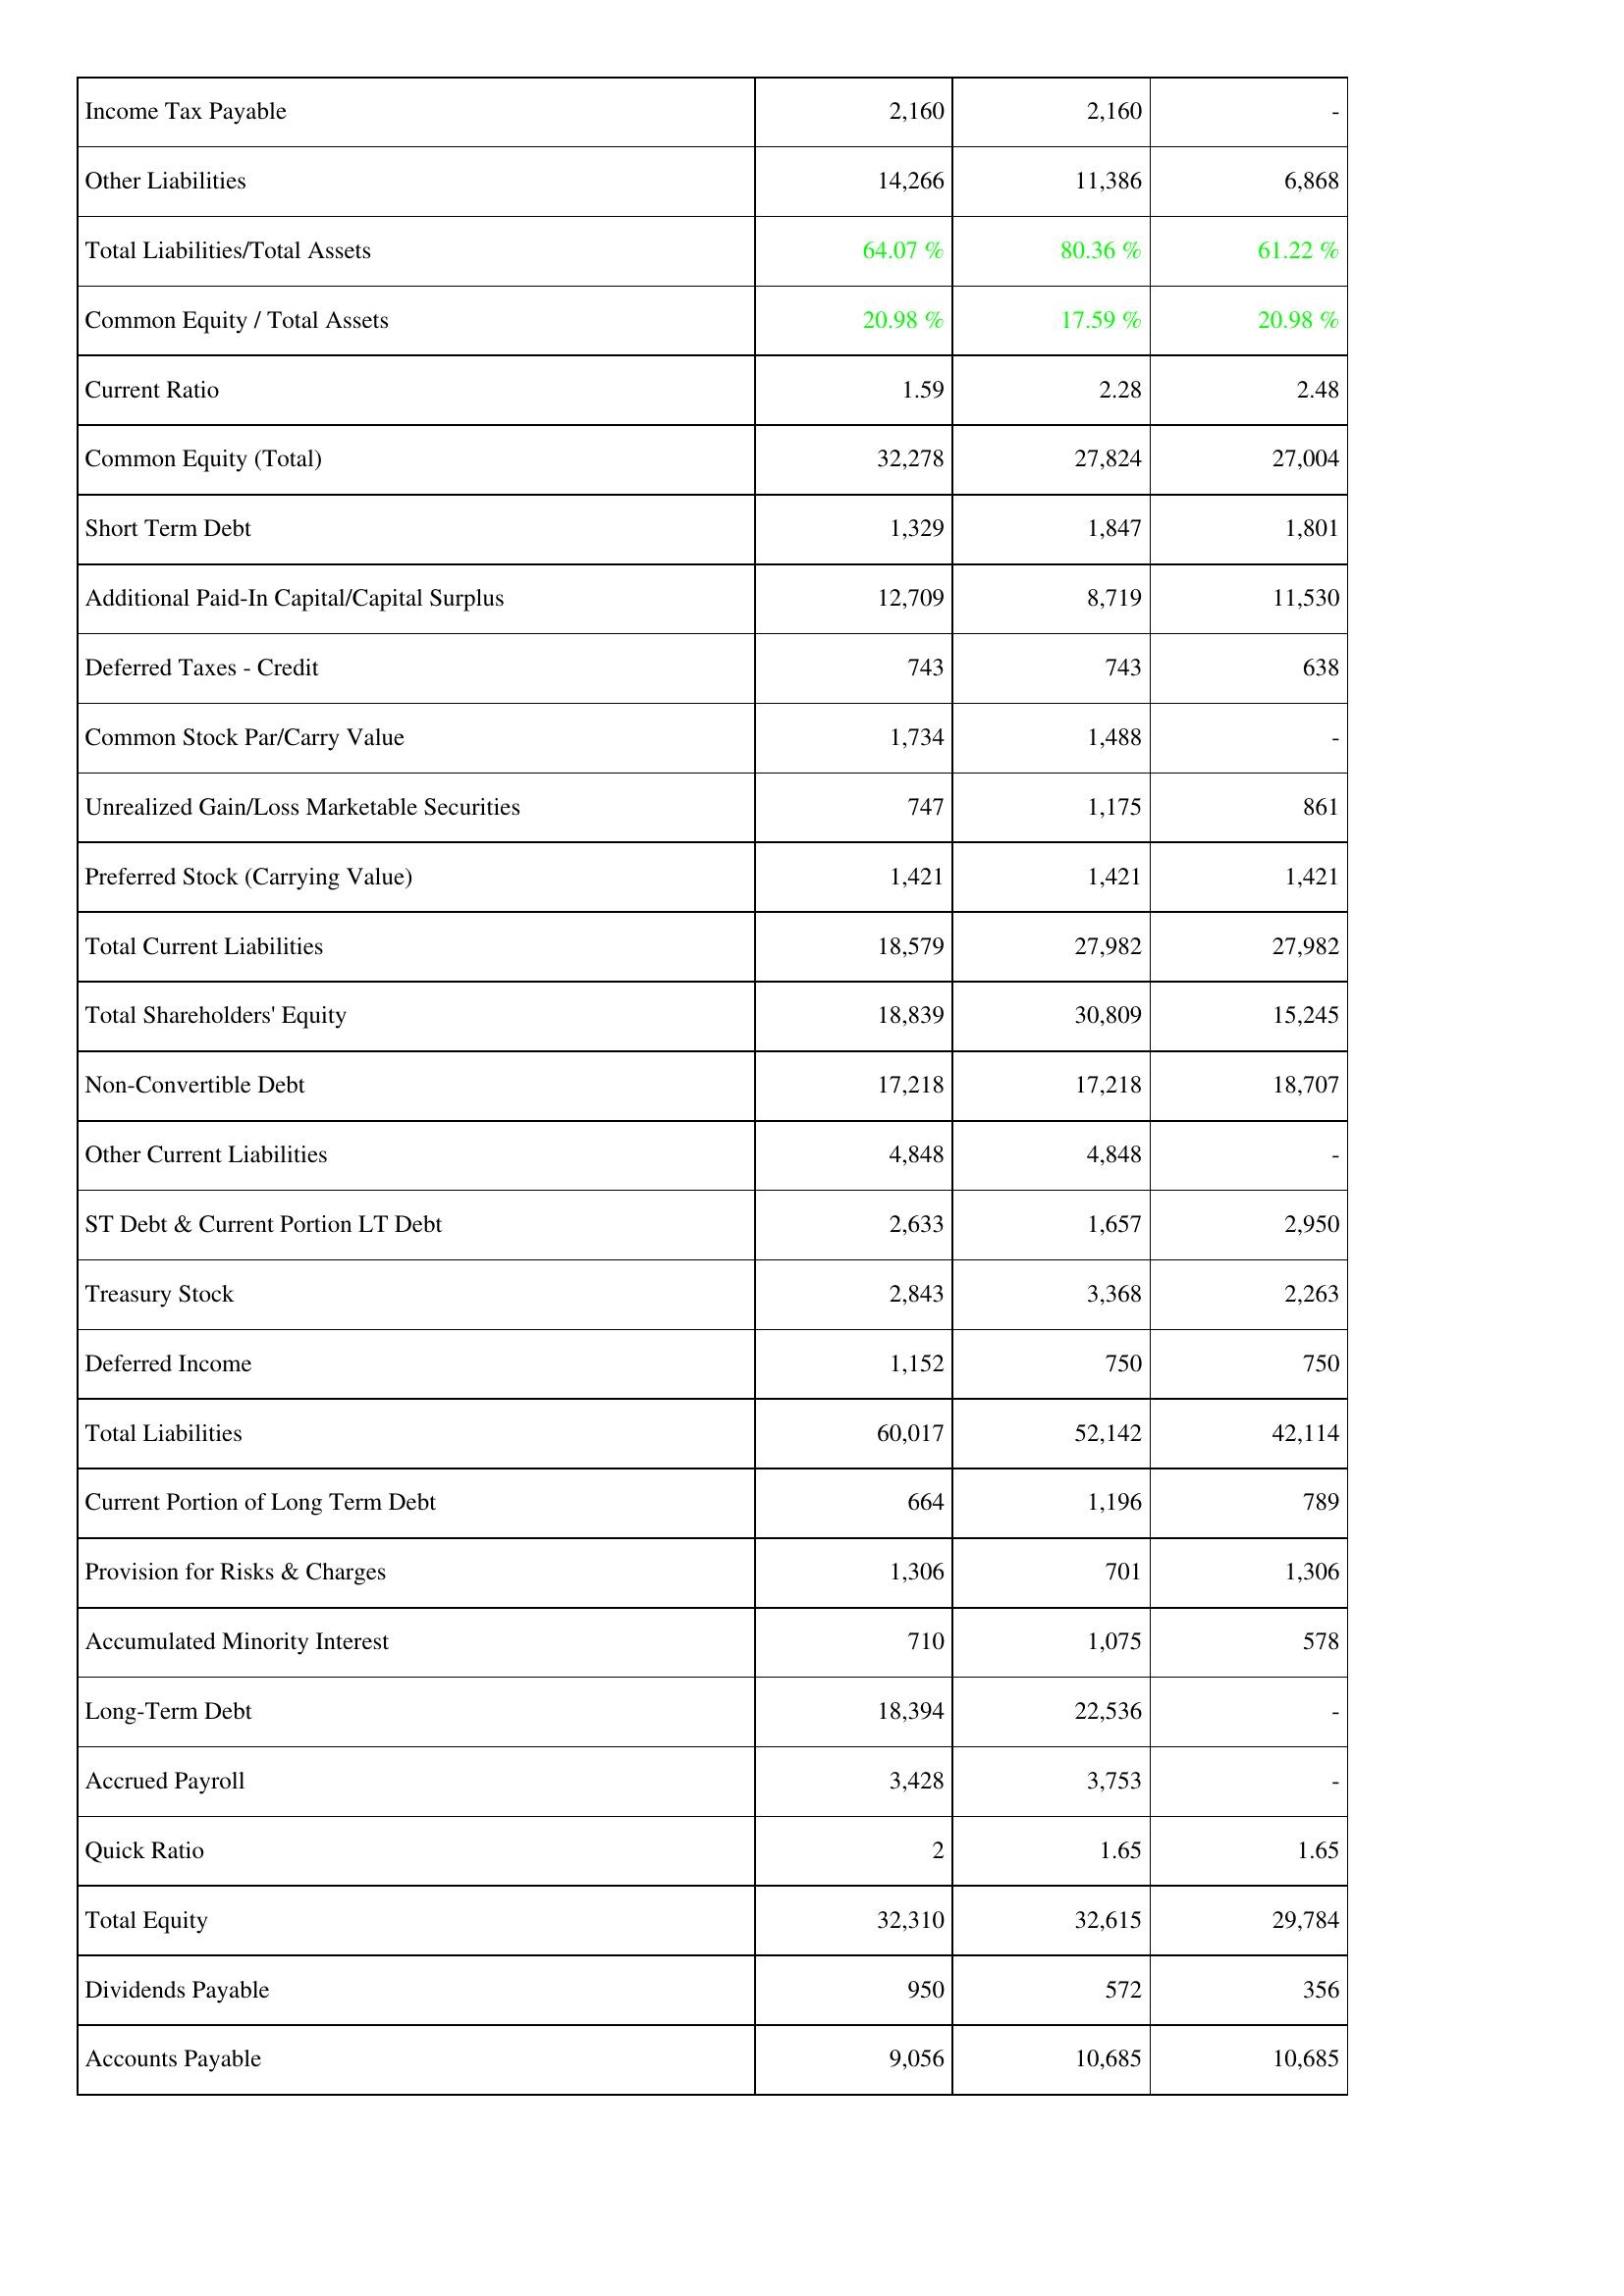
2016: Liabilities & Shareholders' Equity: Income Tax Payable: 2,160
Other Liabilities: 14,266
Total Liabilities/Total Assets: 64.07 %
Common Equity / Total Assets: 20.98 %
Current Ratio: 1.59
Common Equity (Total): 32,278
Short Term Debt: 1,329
Additional Paid-In Capital/Capital Surplus: 12,709
Deferred Taxes - Credit: 743
Common Stock Par/Carry Value: 1,734
Unrealized Gain/Loss Marketable Securities: 747
Preferred Stock (Carrying Value): 1,421
Total Current Liabilities: 18,579
Total Shareholders' Equity: 18,839
Non-Convertible Debt: 17,218
Other Current Liabilities: 4,848
ST Debt & Current Portion LT Debt: 2,633
Treasury Stock: 2,843
Deferred Income: 1,152
Total Liabilities: 60,017
Current Portion of Long Term Debt: 664
Provision for Risks & Charges: 1,306
Accumulated Minority Interest: 710
Long-Term Debt: 18,394
Accrued Payroll: 3,428
Quick Ratio: 2
Total Equity: 32,310
Dividends Payable: 950
Accounts Payable: 9,056
2017: Liabilities & Shareholders' Equity: Income Tax Payable: 2,160
Other Liabilities: 11,386
Total Liabilities/Total Assets: 80.36 %
Common Equity / Total Assets: 17.59 %
Current Ratio: 2.28
Common Equity (Total): 27,824
Short Term Debt: 1,847
Additional Paid-In Capital/Capital Surplus: 8,719
Deferred Taxes - Credit: 743
Common Stock Par/Carry Value: 1,488
Unrealized Gain/Loss Marketable Securities: 1,175
Preferred Stock (Carrying Value): 1,421
Total Current Liabilities: 27,982
Total Shareholders' Equity: 30,809
Non-Convertible Debt: 17,218
Other Current Liabilities: 4,848
ST Debt & Current Portion LT Debt: 1,657
Treasury Stock: 3,368
Deferred Income: 750
Total Liabilities: 52,142
Current Portion of Long Term Debt: 1,196
Provision for Risks & Charges: 701
Accumulated Minority Interest: 1,075
Long-Term Debt: 22,536
Accrued Payroll: 3,753
Quick Ratio: 1.65
Total Equity: 32,615
Dividends Payable: 572
Accounts Payable: 10,685
2018: Liabilities & Shareholders' Equity: Income Tax Payable: -
Other Liabilities: 6,868
Total Liabilities/Total Assets: 61.22 %
Common Equity / Total Assets: 20.98 %
Current Ratio: 2.48
Common Equity (Total): 27,004
Short Term Debt: 1,801
Additional Paid-In Capital/Capital Surplus: 11,530
Deferred Taxes - Credit: 638
Common Stock Par/Carry Value: -
Unrealized Gain/Loss Marketable Securities: 861
Preferred Stock (Carrying Value): 1,421
Total Current Liabilities: 27,982
Total Shareholders' Equity: 15,245
Non-Convertible Debt: 18,707
Other Current Liabilities: -
ST Debt & Current Portion LT Debt: 2,950
Treasury Stock: 2,263
Deferred Income: 750
Total Liabilities: 42,114
Current Portion of Long Term Debt: 789
Provision for Risks & Charges: 1,306
Accumulated Minority Interest: 578
Long-Term Debt: -
Accrued Payroll: -
Quick Ratio: 1.65
Total Equity: 29,784
Dividends Payable: 356
Accounts Payable: 10,685